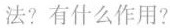
法?有什么作用?